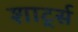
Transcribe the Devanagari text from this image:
शार्ट्स